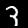
Label: 3